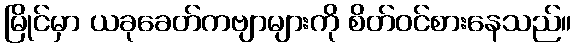
မြိုင်မှာ ယခုခေတ်ကဗျာများကို စိတ်ဝင်စားနေသည်။